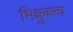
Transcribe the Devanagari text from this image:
भिक्षुकत्व